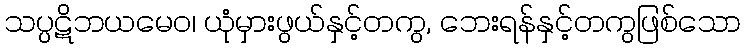
သပ္ပဋိဘယမေဝ၊ ယုံမှားဖွယ်နှင့်တကွ, ဘေးရန်နှင့်တကွဖြစ်သော